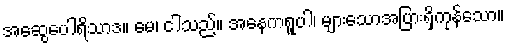
အဆွေပေါရိသာဒ။ မေ၊ ငါသည်။ အနေကရူပါ၊ များသောအပြားရှိကုန်သော။